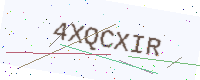
Text: 4XQCXIR